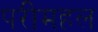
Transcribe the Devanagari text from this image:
परीमहल